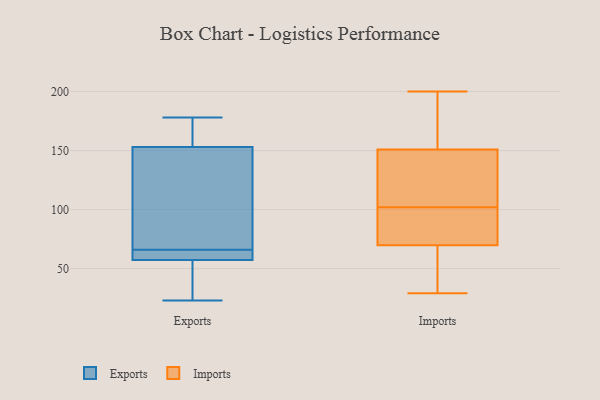
{"axis": {"x": "Active Users", "y": "Value"}, "legend": ["Exports", "Imports"], "data": [{"x": "", "y": 159, "type": "Exports"}, {"x": "", "y": 159, "type": "Exports"}, {"x": "", "y": 66, "type": "Exports"}, {"x": "", "y": 150, "type": "Exports"}, {"x": "", "y": 57, "type": "Exports"}, {"x": "", "y": 37, "type": "Exports"}, {"x": "", "y": 134, "type": "Exports"}, {"x": "", "y": 154, "type": "Exports"}, {"x": "", "y": 178, "type": "Exports"}, {"x": "", "y": 36, "type": "Exports"}, {"x": "", "y": 127, "type": "Exports"}, {"x": "", "y": 66, "type": "Exports"}, {"x": "", "y": 58, "type": "Exports"}, {"x": "", "y": 23, "type": "Exports"}, {"x": "", "y": 63, "type": "Exports"}, {"x": "", "y": 169, "type": "Imports"}, {"x": "", "y": 66, "type": "Imports"}, {"x": "", "y": 174, "type": "Imports"}, {"x": "", "y": 46, "type": "Imports"}, {"x": "", "y": 71, "type": "Imports"}, {"x": "", "y": 80, "type": "Imports"}, {"x": "", "y": 47, "type": "Imports"}, {"x": "", "y": 119, "type": "Imports"}, {"x": "", "y": 71, "type": "Imports"}, {"x": "", "y": 150, "type": "Imports"}, {"x": "", "y": 102, "type": "Imports"}, {"x": "", "y": 29, "type": "Imports"}, {"x": "", "y": 85, "type": "Imports"}, {"x": "", "y": 138, "type": "Imports"}, {"x": "", "y": 154, "type": "Imports"}, {"x": "", "y": 110, "type": "Imports"}, {"x": "", "y": 200, "type": "Imports"}]}